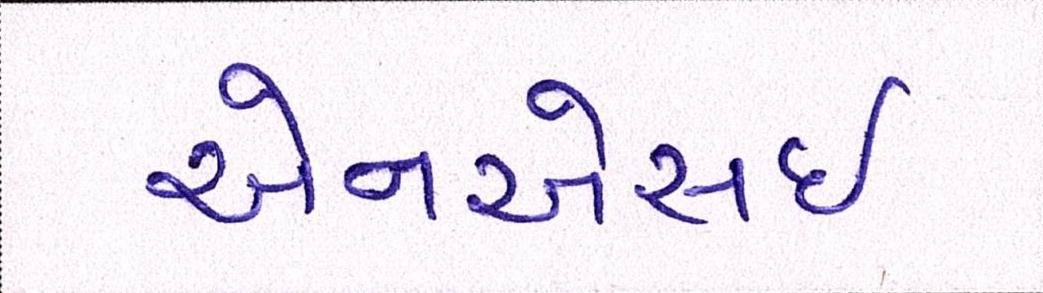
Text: એનએસઇ